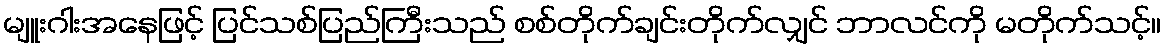
မျူးဂါးအနေဖြင့် ပြင်သစ်ပြည်ကြီးသည် စစ်တိုက်ချင်းတိုက်လျှင် ဘာလင်ကို မတိုက်သင့်။